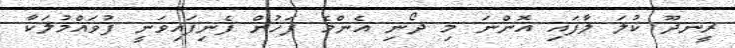
ރީނދޫ ކުލަ ލާފައި އޮންނަ މި ދޯނި އެންމެ ފަހުން ފެނިފައިވަނީ ފުވައްމުލަކާ